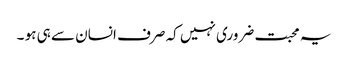
یہ محبت ضروری نہیں کہ صرف انسان سے ہی ہو ۔